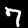
Label: 7